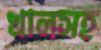
খালসহ